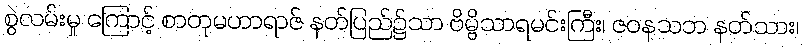
စွဲလမ်းမှု ကြောင့် စာတုမဟာရာဇ် နတ်ပြည်၌သာ ဗိမ္ဗိသာရမင်းကြီး၊ ဇဝနသဘ နတ်သား၊